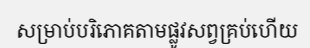
សម្រាប់បរិភោគតាមផ្លូវសព្វគ្រប់ហើយ